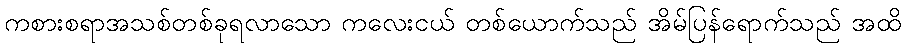
ကစားစရာအသစ်တစ်ခုရလာသော ကလေးငယ် တစ်ယောက်သည် အိမ်ပြန်ရောက်သည် အထိ